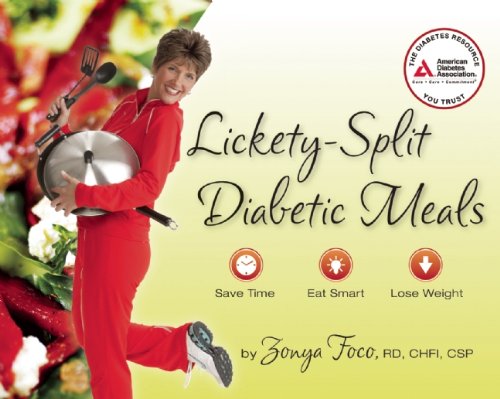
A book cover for Lickety-Split Diabetic Meals; Zonya Foco R.D.; Health, Fitness & Dieting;